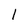
Character: 1